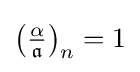
\left({\tfrac {\alpha }{\mathfrak {a}}}\right)_{n}=1